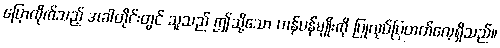
ပြောလိုက်သည့် အခါတိုင်းတွင် သူသည် ဤသို့သော ဟန်ပန်မျိုးကို ပြုလုပ်ပြတတ်လေ့ရှိသည်။